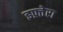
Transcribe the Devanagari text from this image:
इफ़्तेरा